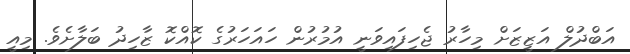
އަބްދުލް އަޒީޒަށް މިހާރު ޖެހިފައިވަނީ އުމުރުން ހައަހަރުގެ ކޮއްކޮ ޒާހިދު ބަލާށެވެ. މިއީ